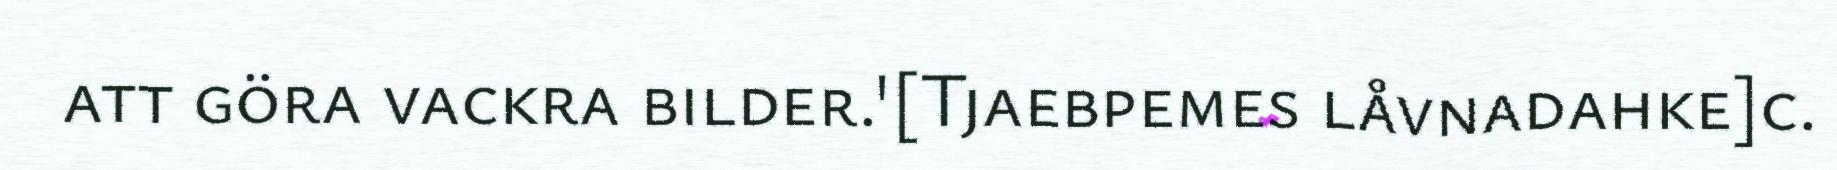
att göra vackra bilder.'[Tjaebpemes låvnadahke]c.